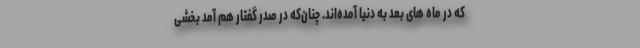
که در ماه های بعد به دنیا آمده‌اند. چنان‌که در صدر گفتار هم آمد بخشی